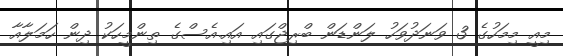
މިއީ މިމަހުގެ 3 ވަނަދުވަހު ލަންޑަން ބްރިޖްގައި އައި.އެސްގެ ތިންމީހަކު ދިން ހަމަލާއާ